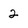
Character: 2